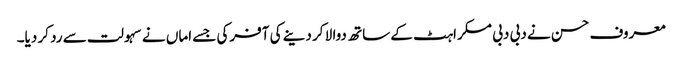
معروف حسن نے دبی دبی مسکراہٹ کے ساتھ دوا لا کر دینے کی آفرکی جسے اماں نے سہولت سے رد کر دیا۔